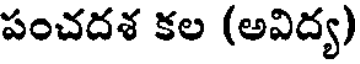
పంచదశ కల (అవిద్య)